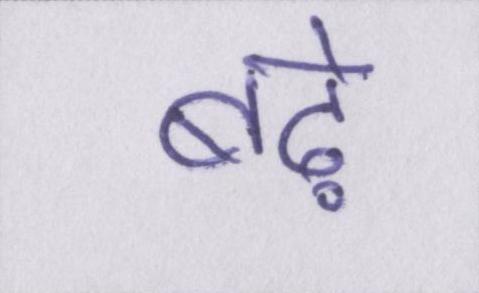
बढ़े